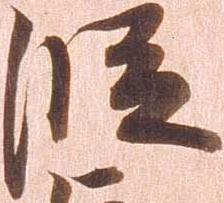
段